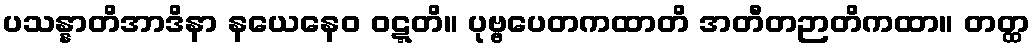
ပသန္နာတိအာဒိနာ နယေနေဝ ဝဋ္ဋတိ။ ပုဗ္ဗပေတကထာတိ အတီတဉာတိကထာ။ တတ္ထ